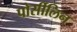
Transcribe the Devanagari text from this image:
पोर्सीलिन